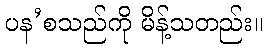
ပန’စသည်ကို မိန့်သတည်း။